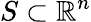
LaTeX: S\subset\mathbb{R}^{n}